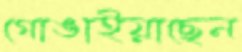
গোঙাইয়াছেন